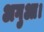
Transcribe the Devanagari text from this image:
अगुआ।